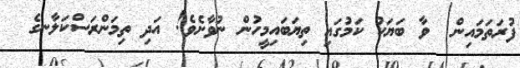
ފުރަތަމައިން  ވާ ބަޔަކު ކަމުގައި ތިޔަބައިމީހުން ނުވާށެވެ! އަދި ތިމަންރަސްކަލާނގެ